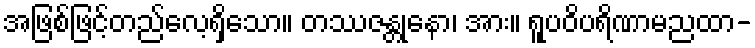
အဖြစ်ဖြင့်တည်လေ့ရှိသော။ တဿဇန္တုနော၊ အား။ ရူပဝိပရိဏာမညထာ-